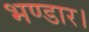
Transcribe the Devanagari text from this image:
भण्डार।